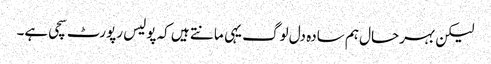
لیکن بہرحال ہم سادہ دل لوگ یہی مانتے ہیں کہ پولیس رپورٹ سچی ہے۔